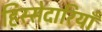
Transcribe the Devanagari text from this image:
हिस्सेदारियाँ